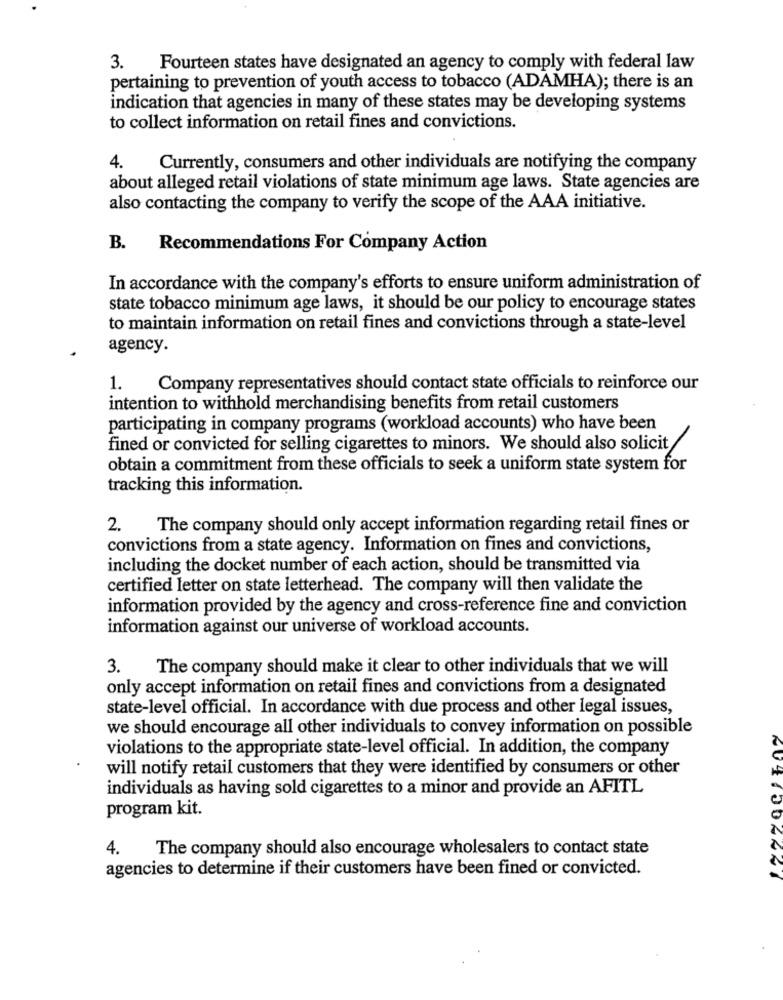
3. Fourteen states have designated an agency to comply with federal law
pertaining to prevention of youth access to tobacco (ADAMHA); there is an
indication that agencies in many of these states may be developing systems
to collect information on retail fines and convictions.
4.
Currently, consumers and other individuals are notifying the company
about alleged retail violations of state minimum age laws. State agencies are
also contacting the company to verify the scope of the AAA initiative.
B.
Recommendations For Company Action
In accordance with the company's efforts to ensure uniform administration of
state tobacco minimum age laws, it should be our policy to encourage states
to maintain information on retail fines and convictions through a state-level
agency.
1. Company representatives should contact state officials to reinforce our
intention to withhold merchandising benefits from retail customers
participating in company programs (workload accounts) who have been
fined or convicted for selling cigarettes to minors. We should also solicit
obtain a commitment from these officials to seek a uniform state system for
tracking this information.
2.
The company should only accept information regarding retail fines or
convictions from a state agency. Information on fines and convictions,
including the docket number of each action, should be transmitted via
certified letter on state letterhead. The company will then validate the
information provided by the agency and cross-reference fine and conviction
information against our universe of workload accounts.
3.
The company should make it clear to other individuals that we will
only accept information on retail fines and convictions from a designated
state-level official. In accordance with due process and other legal issues,
we should encourage all other individuals to convey information on possible
violations to the appropriate state-level official. In addition, the company
will notify retail customers that they were identified by consumers or other
individuals as having sold cigarettes to a minor and provide an AFITL
program kit.
4. The company should also encourage wholesalers to contact state
agencies to determine if their customers have been fined or convicted.